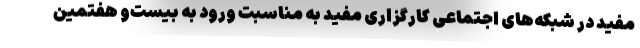
مفید در شبکه‌های اجتماعی کارگزاری مفید به مناسبت ورود به بیست‌و هفتمین